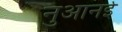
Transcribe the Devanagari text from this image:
नुआनई